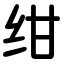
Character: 绀